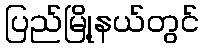
ပြည်မြို့နယ်တွင်